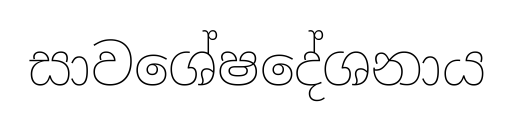
සාවශේෂදේශනාය